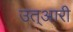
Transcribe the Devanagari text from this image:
उत्आरी